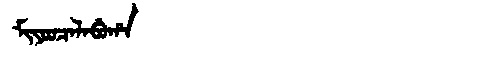
Manchu: ᠮᡳᠶᠣᠣᠴᠠᠯᠠᠪᡠᡥᠠ
Romanization: MIYOOCALABUHA